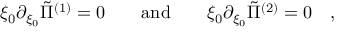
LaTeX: \xi _ { 0 } \partial _ { \xi _ { 0 } } \tilde { \Pi } ^ { ( 1 ) } = 0 \qquad \mathrm { a n d } \qquad \xi _ { 0 } \partial _ { \xi _ { 0 } } \tilde { \Pi } ^ { ( 2 ) } = 0 \quad ,